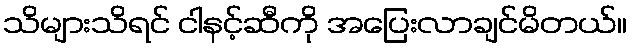
သိများသိရင် ငါနင့်ဆီကို အပြေးလာချင်မိတယ်။